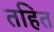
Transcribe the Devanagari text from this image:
तहित